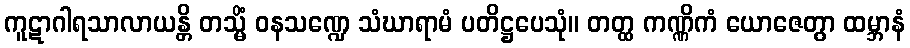
ကူဋာဂါရသာလာယန္တိ တသ္မိံ ဝနသဏ္ဍေ သံဃာရာမံ ပတိဋ္ဌပေသုံ။ တတ္ထ ကဏ္ဏိကံ ယောဇေတွာ ထမ္ဘာနံ